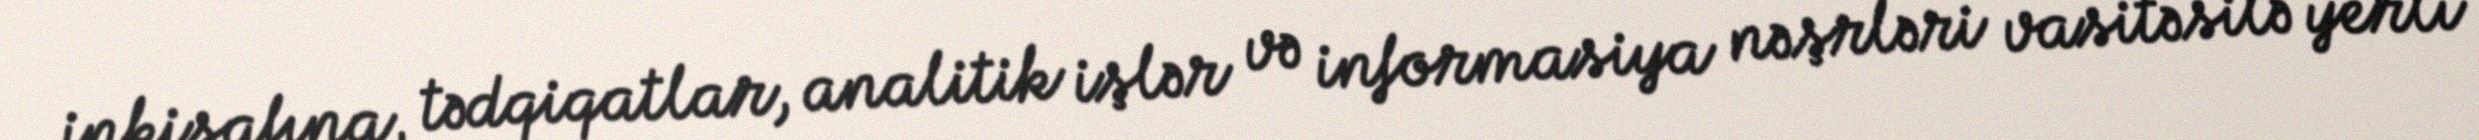
inkişafına, tədqiqatlar, analitik işlər və informasiya nəşrləri vasitəsilə yerli